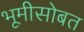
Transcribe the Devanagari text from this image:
भूमीसोबत